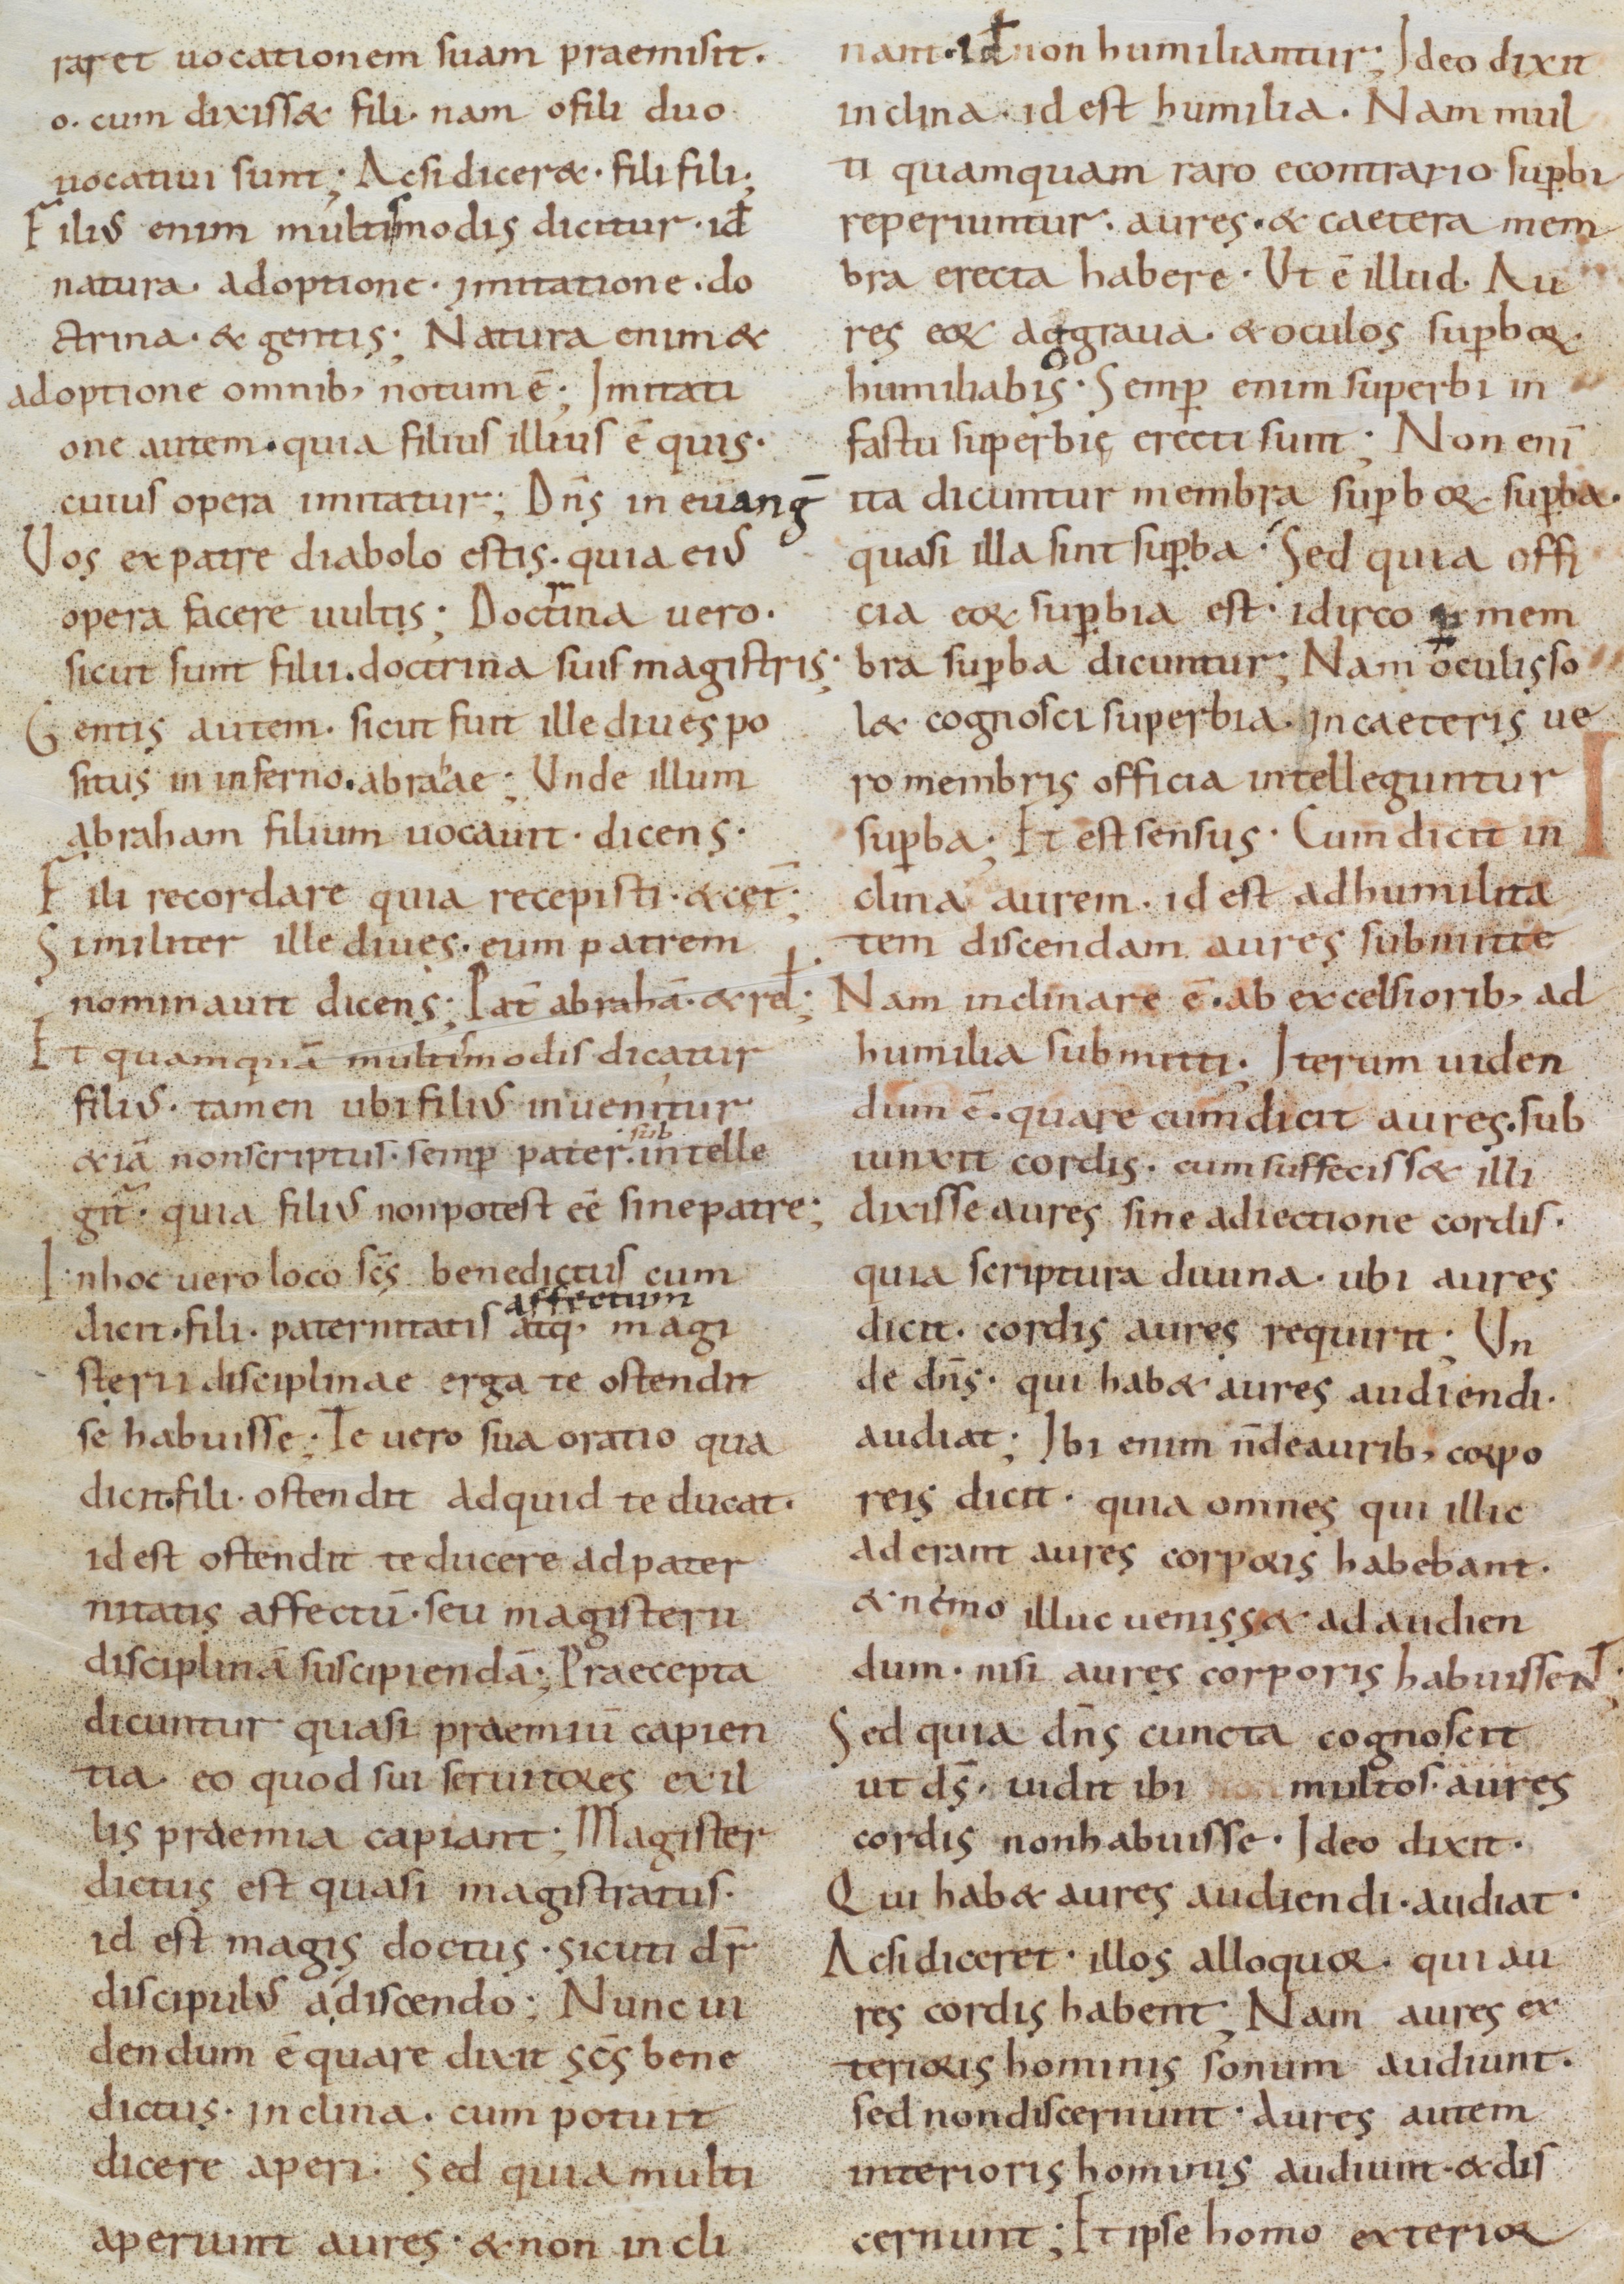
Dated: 800–999